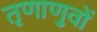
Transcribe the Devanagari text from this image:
तृणाणुवों